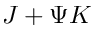
J + \Psi K